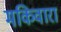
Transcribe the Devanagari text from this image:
मकिवारा